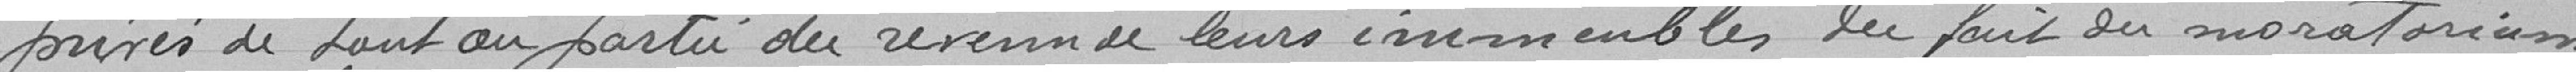
privés de tout ou parti du revenu de leurs immeubles du fait du moratorium.